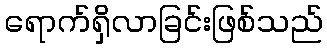
ရောက်ရှိလာခြင်းဖြစ်သည်